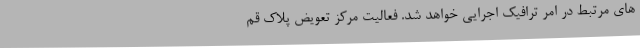
های مرتبط در امر ترافیک اجرایی خواهد شد. فعالیت مرکز تعویض پلاک قم